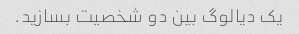
یک دیالوگ بین دو شخصیت بسازید.